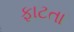
ફાટતા